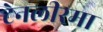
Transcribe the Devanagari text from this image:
टेनलीरमा